Report of the Indian Hemp Drugs Commission, 1894-1895 - Volume IV
Year: 1894
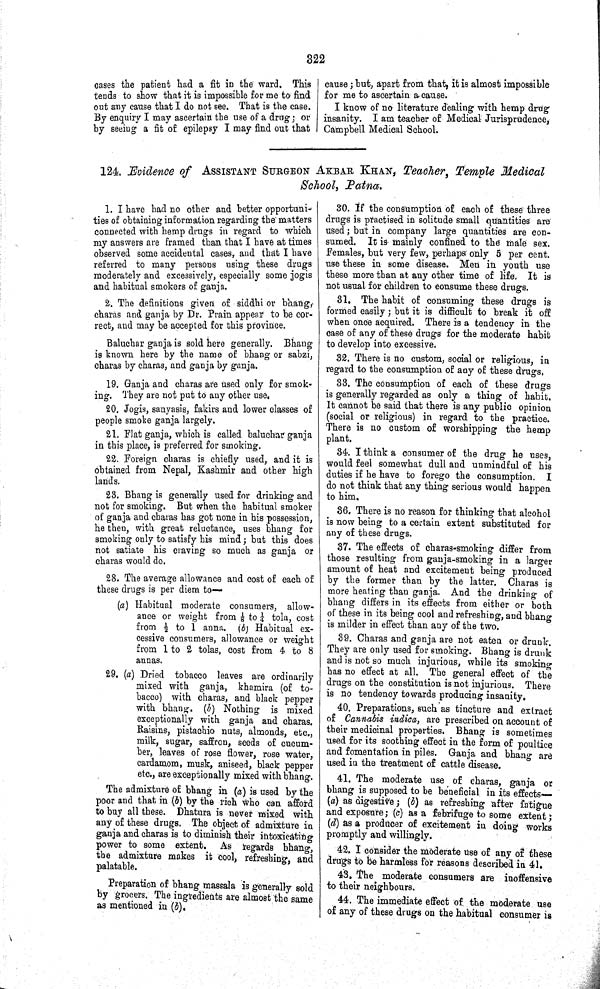
322
cases the patient had a fit in the ward. This
tends to show that it is impossible for me to find
out any cause that I do not see. That is the case.
By enquiry I may ascertain the use of a drug; or
by seeing a fit of epilepsy I may find out that
cause; but, apart from that, it is almost impossible
for me to ascertain a cause.
I know of no literature dealing with hemp drug
insanity. I am teacher of Medical Jurisprudence,
Campbell Medical School.
124. Evidence of ASSISTANT SURGEON AKBAR KHAN, Teacher, Temple Medical
School, Patna.
1. I have had no other and better opportuni-
ties of obtaining information regarding the matters
connected with hemp drugs in regard to which
my answers are framed than that I have at times
observed some accidental cases, and that I have
referred to many persons using these drugs
moderately and excessively, especially some jogis
and habitual smokers of ganja.
2. The definitions given of siddhi or bhang,
charas and ganja by Dr. Prain appear to be cor-
rect, and may be accepted for this province.
Baluchar ganja is sold here generally. Bhang
is known here by the name of bhang or sabzi,
charas by charas, and ganja by ganja.
19. Ganja and charas are used only for smok-
ing. They are not put to any other use.
20. Jogis, sanyasis, fakirs and lower classes of
people smoke ganja largely.
21. Flat ganja, which is called baluchar ganja
in this place, is preferred for smoking.
22. Foreign charas is chiefly used, and it is
obtained from Nepal, Kashmir and other high
lands.
23. Bhang is generally used for drinking and
not for smoking. But when the habitual smoker
of ganja and charas has got none in his possession,
he then, with great reluctance, uses bhang for
smoking only to satisfy his mind; but this does
not satiate his craving so much as ganja or
charas would do.
28. The average allowance and cost of each of
these drugs is per diem to—
(a) Habitual moderate consumers, allow-
ance or weight from 1/8 to ¼ tola, cost
from ½ to 1 anna. (b) Habitual ex-
cessive consumers, allowance or weight
from 1 to 2 tolas, cost from 4 to 8
annas.
29. (a) Dried tobacco leaves are ordinarily
mixed with ganja, khamira (of to-
bacco) with charas, and black pepper
with bhang. (b) Nothing is mixed
exceptionally with ganja and charas.
Raisins, pistachio nuts, almonds, etc.,
milk, sugar, saffron, seeds of cucum-
ber, leaves of rose flower, rose water,
cardamom, musk, aniseed, black pepper
etc., are exceptionally mixed with bhang.
The admixture of bhang in (a) is used by the
poor and that in (b) by the rich who can afford
to buy all these. Dhatura is never mixed with
any of these drugs. The object of admixture in
ganja and charas is to diminish their intoxicating
power to some extent. As regards bhang,
the admixture makes it cool, refreshing, and
palatable.
Preparation of bhang massala is generally sold
by grocers. The ingredients are almost the same
as mentioned in (b).
30. If the consumption of each of these three
drugs is practised in solitude small quantities are
used; but in company large quantities are con-
sumed. It is mainly confined to the male sex.
Females, but very few, perhaps only 5 per cent.
use these in some disease. Men in youth use
these more than at any other time of life. It is
not usual for children to consume these drugs.
31. The habit of consuming these drugs is
formed easily; but it is difficult to break it off
when once acquired. There is a tendency in the
case of any of these drugs for the moderate habit
to develop into excessive.
32. There is no custom, social or religious, in
regard to the consumption of any of these drugs.
33. The consumption of each of these drugs
is generally regarded as only a thing of habit.
It cannot be said that there is any public opinion
(social or religious) in regard to the practice.
There is no custom of worshipping the hemp
plant.
34. I think a consumer of the drug he uses,
would feel somewhat dull and unmindful of his
duties if he have to forego the consumption. I
do not think that any thing serious would happen
to him.
36. There is no reason for thinking that alcohol
is now being to a certain extent substituted for
any of these drugs.
37. The effects of charas-smoking differ from
those resulting from ganja-smoking in a larger
amount of heat and excitement being produced
by the former than by the latter. Charas is
more heating than ganja. And the drinking of
bhang differs in its effects from either or both
of these in its being cool and refreshing, and bhang
is milder in effect than any of the two.
39. Charas and ganja are not eaten or drunk.
They are only used for smoking. Bhang is drunk
and is not so much injurious, while its smoking
has no effect at all. The general effect of the
drugs on the constitution is not injurious. There
is no tendency towards producing insanity.
40. Preparations, such as tincture and extract
of Cannabis indica, are prescribed on account of
their medicinal properties. Bhang is sometimes
used for its soothing effect in the form of poultice
and fomentation in piles. Ganja and bhang are
used in the treatment of cattle disease.
41. The moderate use of charas, ganja or
bhang is supposed to be beneficial in its effects—
(a) as digestive; (b) as refreshing after fatigue
and exposure; (c) as a febrifuge to some extent;
(d) as a producer of excitement in doing works
promptly and willingly.
42. I consider the moderate use of any of these
drugs to be harmless for reasons described in 41.
43. The moderate consumers are inoffensive
to their neighbours.
44. The immediate effect of the moderate use
of any of these drugs on the habitual consumer is